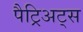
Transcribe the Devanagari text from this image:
पैट्रिअट्स